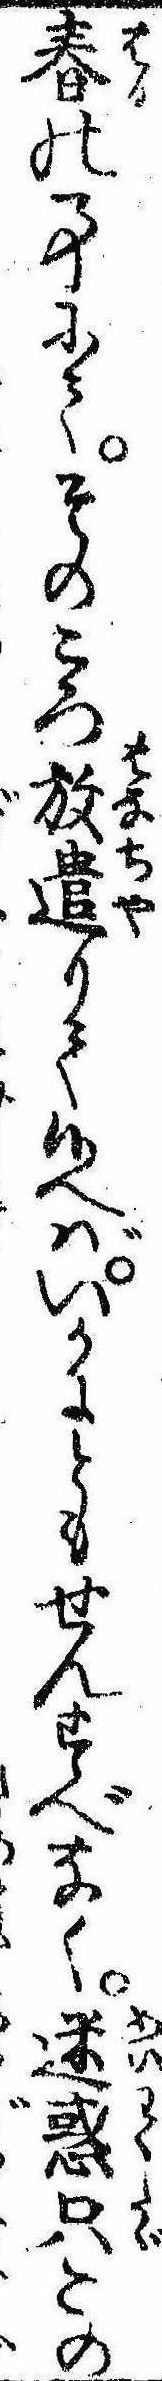
春の事にてそのころ放遣りて候へばいかにともせんすべなく迷惑只この